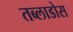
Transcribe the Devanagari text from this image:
तब्लाडोस